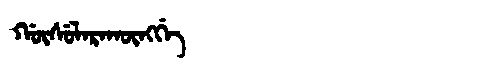
Manchu: ᡤᡡᠰᡠᠯᠠᡵᠠᡴᡡᠩᡤᡝ
Romanization: GŪSULARAKŪNGGE